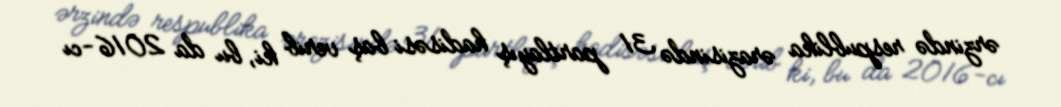
ərzində respublika ərazisində 31 partlayış hadisəsi baş verib ki, bu da 2016-cı